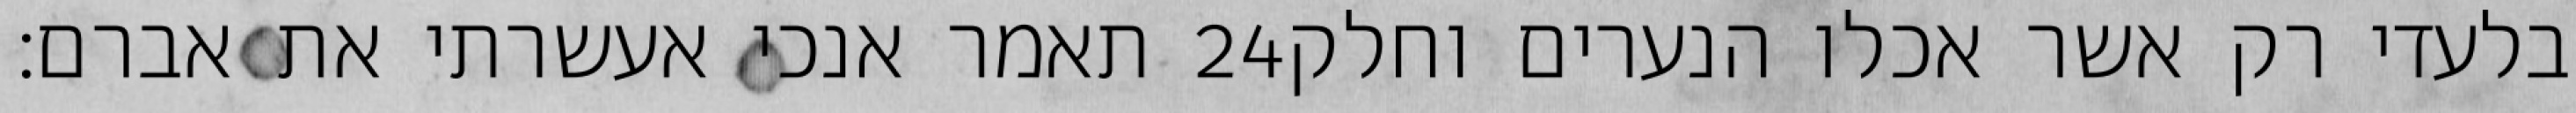
תאמר אנכי אעשרתי את אברם׃ ‎24‏ בלעדי רק אשר אכלו הנערים וחלק